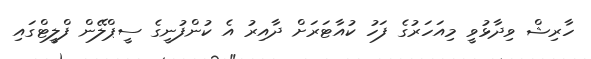
ހާރިޝް ވިދާޅުވީ މިއަހަރުގެ ފަހު ކުއާޓަރަށް ދާއިރު އެ ކުންފުނީގެ ސީޕްލޭން ފްލީޓްގައި